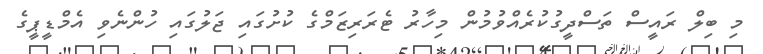
މި ބިލް ރައީސް ތަސްދީގުކުރެއްވުމުން މިހާރު ޓެރަރިޒަމްގެ ކުށުގައި ޖަލުގައި ހުންނެވި އެމްޑީޕީގެ